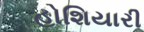
હોશિયારી